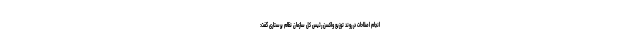
انجام اصلاحات در روند توزیع واکسن رئیس کل سازمان نظام پرستاری گفت: